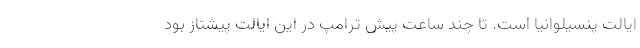
ایالت پنسیلوانیا است. تا چند ساعت پیش ترامپ در این ایالت پیشتاز بود